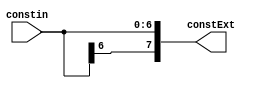
module SignedExtend(
  input wire  [6  : 0] constin,
  output wire [7 : 0]  constExt
);

assign constExt = {{2{constin[6]}}, constin[5:0]};

endmodule